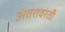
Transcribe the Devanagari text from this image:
अंतरावरती